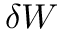
\delta W